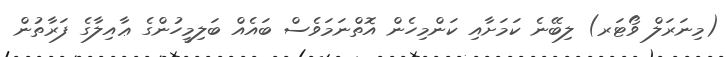
(މިނަރަލް ވޯޓަރ) ލިބޭނެ ކަމަށާއި ކަންމިހެން އޮތްނަމަވެސް ބައެއް ބަލިމީހުންގެ ޢާއިލާގެ ފަރާތުން